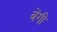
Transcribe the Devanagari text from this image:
बेंगी